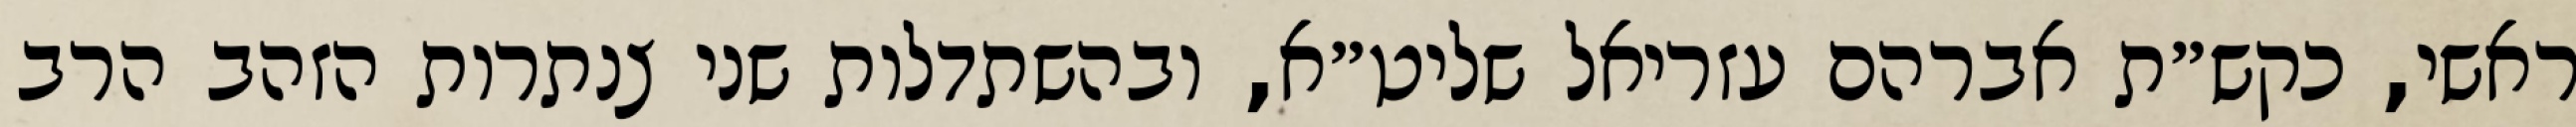
ראשי, כקש״ת אברהם עזריאל שליט״א, ובהשתדלות שני צנתרות הזהב הרב